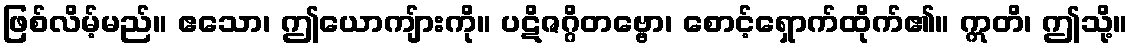
ဖြစ်လိမ့်မည်။ ဧသော၊ ဤယောကျ်ားကို။ ပဋိဇဂ္ဂိတဗ္ဗော၊ စောင့်ရှောက်ထိုက်၏။ ဣတိ၊ ဤသို့။